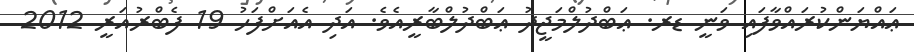
ޢައްޔަންކުރައްވާފައި ވަނީ ޑރ. ޢަބްދުލްމަޖީދު ޢަބްދުލްބާރީއެވެ. އަދި އެއަށްފަހު 19 ފެބްރުއަރީ 2012